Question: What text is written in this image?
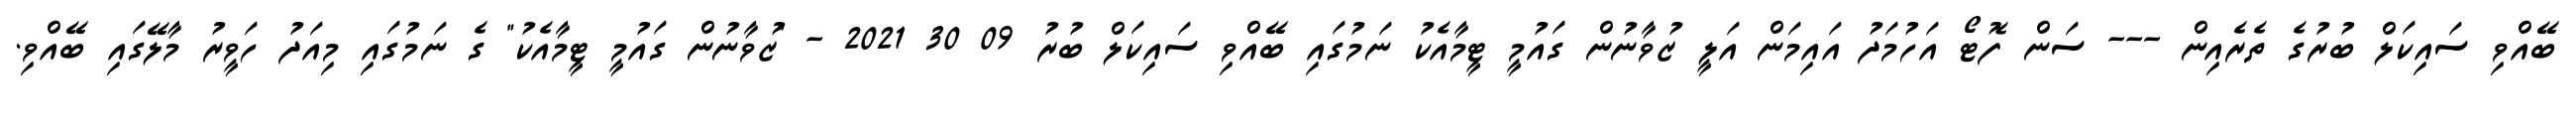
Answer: ބޭއްވި ސައިކަލް ބުރުގެ ތެރެއިން --- ސަން ފޮޓޯ އަހުމަދު އައިމަން އަލީ ޒުވާނުން ގައުމީ ޓީމާއެކު ނަމުގައި ބޭއްވި ސައިކަލް ބުރު 09 30 2021 - "ޒުވާނުން ގައުމީ ޓީމާއެކު" ގެ ނަމުގައި މިއަދު ހަވީރު މާލޭގައި ބޭއްވި.